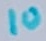
Text: 10